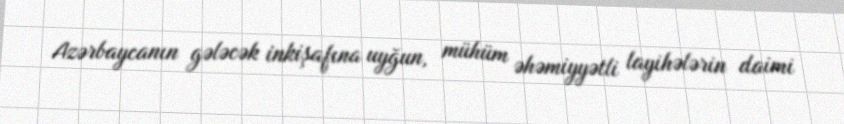
Azərbaycanın gələcək inkişafına uyğun, mühüm əhəmiyyətli layihələrin daimi